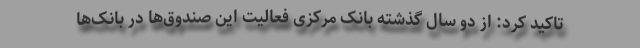
تاکید کرد: از دو سال گذشته بانک مرکزی فعالیت این صندوق‌ها در بانک‌ها